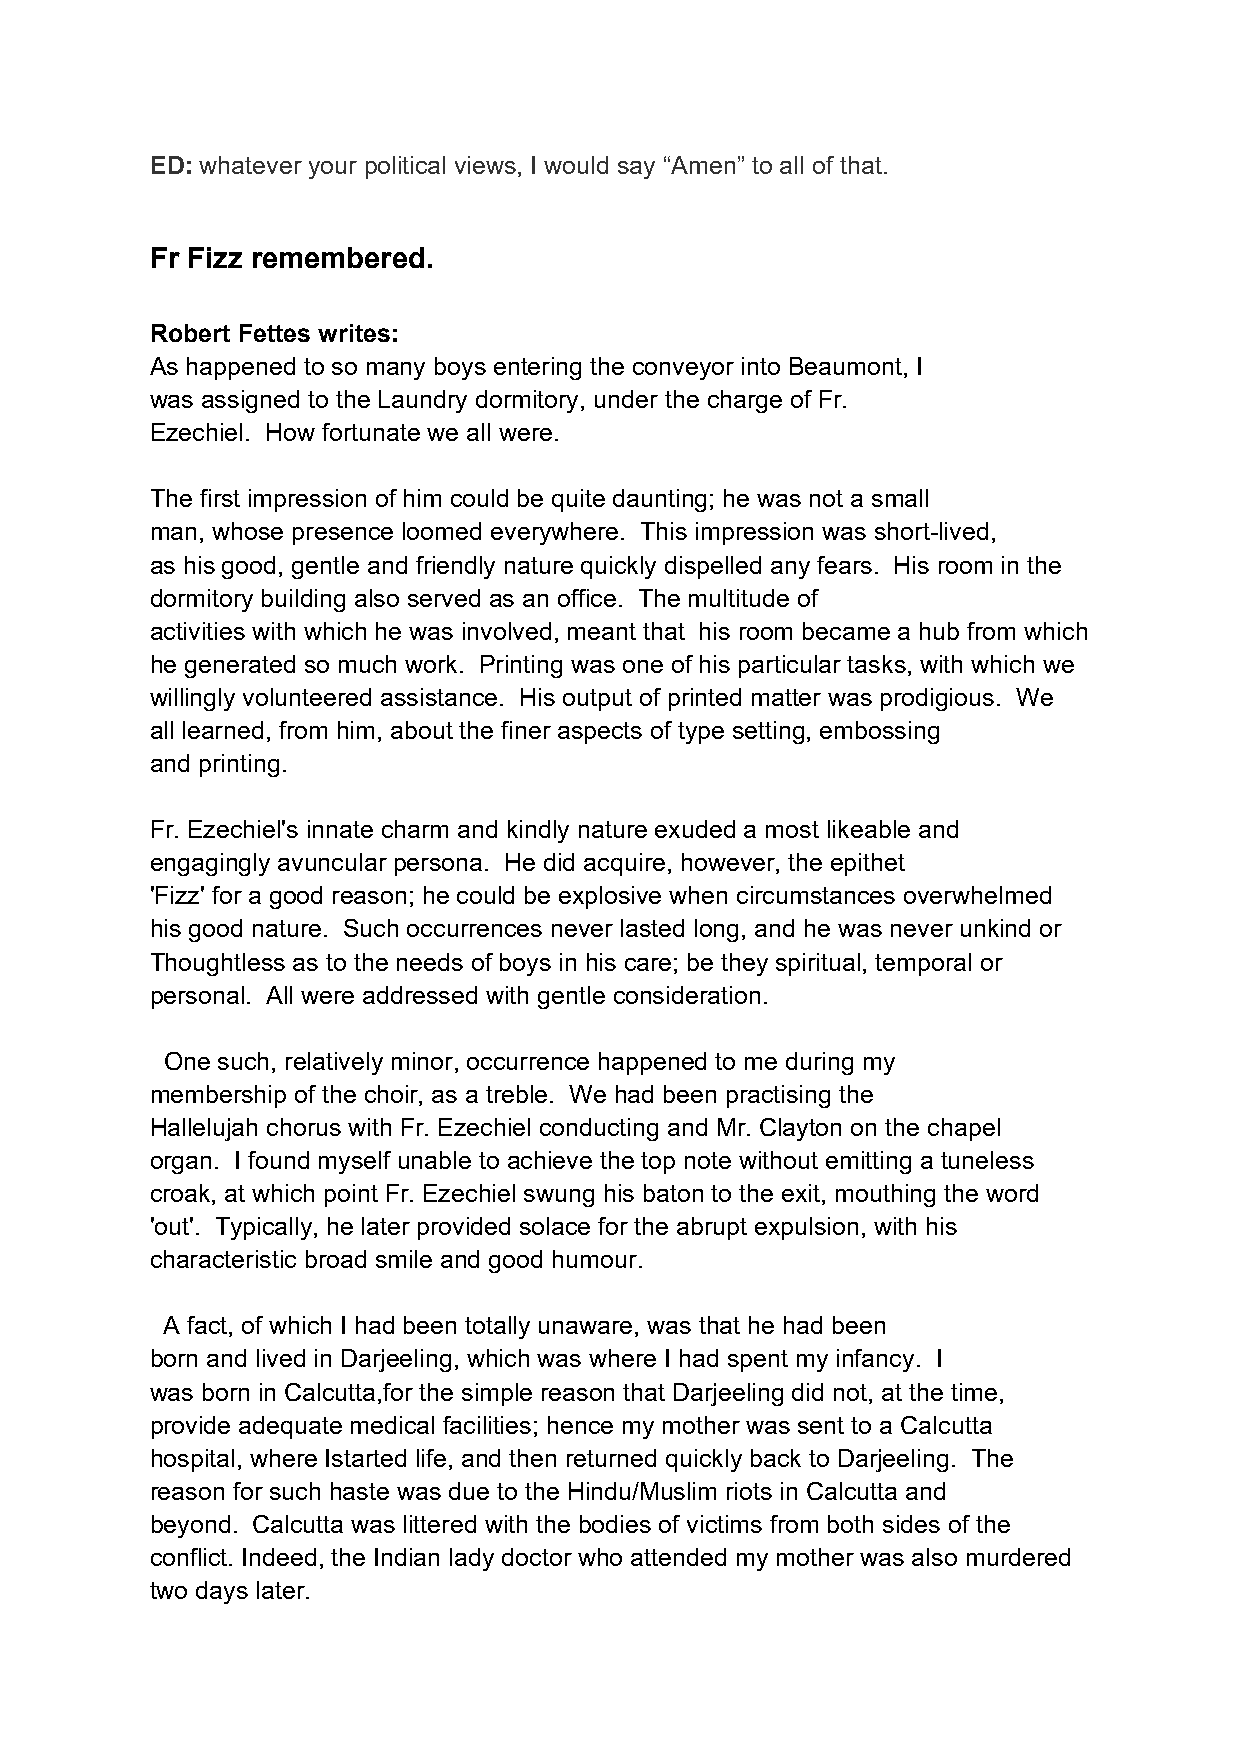
ED: whatever your political views, I would say “Amen” to all of that.
 Fr Fizz remembered.
 Robert Fettes writes:
 As happened to so many boys entering the conveyor into Beaumont, I
 was assigned to the Laundry dormitory, under the charge of Fr.
 Ezechiel. How fortunate we all were.
 The first impression of him could be quite daunting; he was not a small
 man, whose presence loomed everywhere. This impression was short-lived,
 as his good, gentle and friendly nature quickly dispelled any fears. His room in the
 dormitory building also served as an office. The multitude of
 activities with which he was involved, meant that his room became a hub from which
 he generated so much work. Printing was one of his particular tasks, with which we
 willingly volunteered assistance. His output of printed matter was prodigious. We
 all learned, from him, about the finer aspects of type setting, embossing
 and printing.
 Fr. Ezechiel's innate charm and kindly nature exuded a most likeable and
 engagingly avuncular persona. He did acquire, however, the epithet
 'Fizz' for a good reason; he could be explosive when circumstances overwhelmed
 his good nature. Such occurrences never lasted long, and he was never unkind or
 Thoughtless as to the needs of boys in his care; be they spiritual, temporal or
 personal. All were addressed with gentle consideration.
 One such, relatively minor, occurrence happened to me during my
 membership of the choir, as a treble. We had been practising the
 Hallelujah chorus with Fr. Ezechiel conducting and Mr. Clayton on the chapel
 organ. I found myself unable to achieve the top note without emitting a tuneless
 croak, at which point Fr. Ezechiel swung his baton to the exit, mouthing the word
 'out'. Typically, he later provided solace for the abrupt expulsion, with his
 characteristic broad smile and good humour.
 A fact, of which I had been totally unaware, was that he had been
 born and lived in Darjeeling, which was where I had spent my infancy. I
 was born in Calcutta,for the simple reason that Darjeeling did not, at the time,
 provide adequate medical facilities; hence my mother was sent to a Calcutta
 hospital, where Istarted life, and then returned quickly back to Darjeeling. The
 reason for such haste was due to the Hindu/Muslim riots in Calcutta and
 beyond. Calcutta was littered with the bodies of victims from both sides of the
 conflict. Indeed, the Indian lady doctor who attended my mother was also murdered
 two days later.